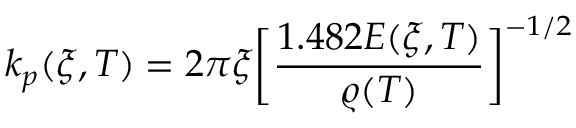
k _ { p } ( \xi , T ) = 2 \pi \xi \bigg [ \frac { 1 . 4 8 2 E ( \xi , T ) } { \varrho ( T ) } \bigg ] ^ { - 1 / 2 }